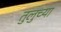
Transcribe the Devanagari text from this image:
तुलुच्या